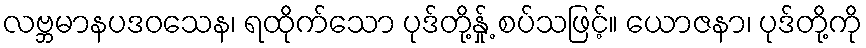
လဗ္ဘမာနပဒဝသေန၊ ရထိုက်သော ပုဒ်တို့နှု့် စပ်သဖြင့်။ ယောဇနာ၊ ပုဒ်တို့ကို